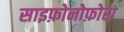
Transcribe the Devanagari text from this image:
साइफ़ोनोफ़ोरा